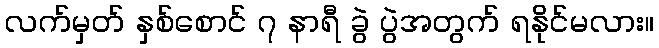
လက်မှတ် နှစ်စောင် ၇ နာရီ ခွဲ ပွဲအတွက် ရနိုင်မလား။